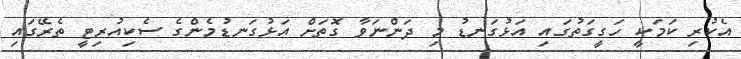
އެކުރި ކަމަކީ ހަގީގަތުގައި އަޅުގަނޑު މި ދަންނަވާ ގޮތަށް އަޅުގަނޑުމެންގެ ސެކިއުރިޓީ ތެރޭގައި